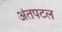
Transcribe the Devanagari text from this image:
अंतपटल